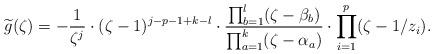
LaTeX: \begin{align*}\widetilde{g}(\zeta) = -\frac{1}{\zeta^j}\cdot(\zeta-1)^{j-p-1+k-l}\cdot\frac{\prod_{b=1}^l (\zeta-\beta_b)}{\prod_{a=1}^k (\zeta-\alpha_a)}\cdot\prod_{i=1}^p (\zeta-1/z_i).\end{align*}